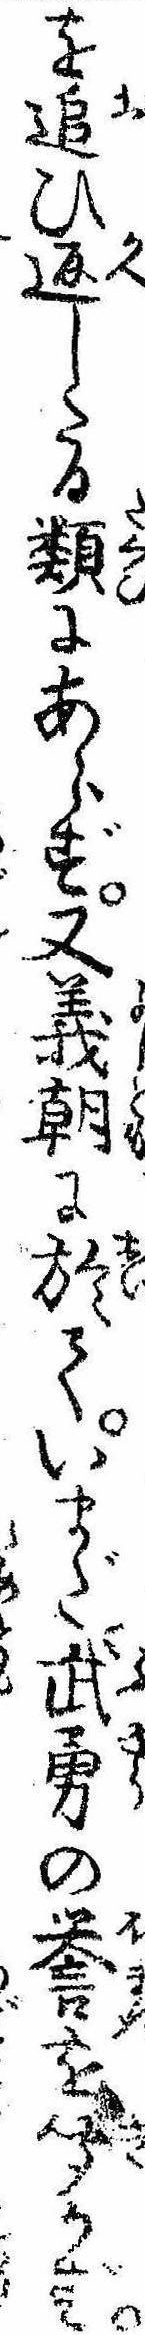
を追ひ返したる類にあらず又義朝に於ていまだ武勇の誉を聞かず